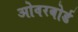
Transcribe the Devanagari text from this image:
ओवरबोर्ड